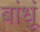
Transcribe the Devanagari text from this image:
बांधूं